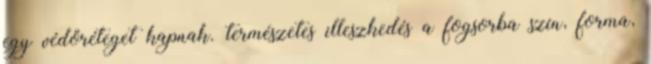
egy védőréteget kapnak. természetes illeszkedés a fogsorba szín, forma,